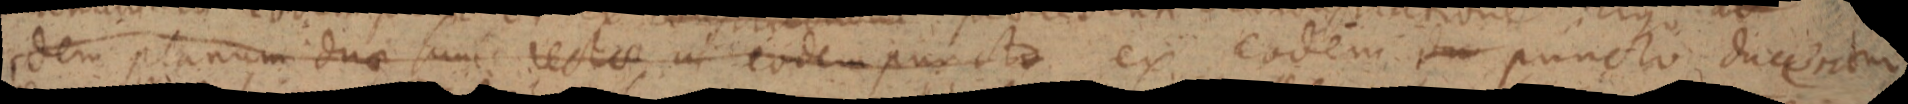
dem planum duae sunt rectae in eodem puncto ex eodem d_ puncto ducentur